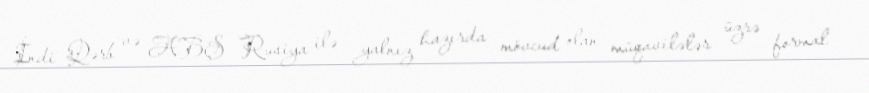
İndi Qərb və ABŞ Rusiya ilə yalnız hazırda mövcud olan müqavilələr üzrə formal